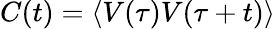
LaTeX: C(t)=\langle V(\tau)V(\tau+t)\rangle